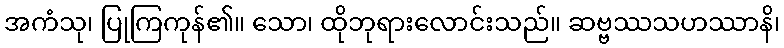
အကံသု၊ ပြုကြကုန်၏။ သော၊ ထိုဘုရားလောင်းသည်။ ဆဗ္ဗဿသဟဿာနိ၊